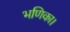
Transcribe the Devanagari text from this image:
भणिका।